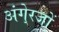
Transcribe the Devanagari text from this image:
अंगे्रजों